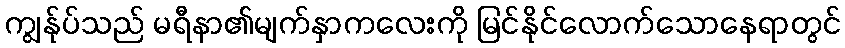
ကျွန်ုပ်သည် မရီနာ၏မျက်နှာကလေးကို မြင်နိုင်လောက်သောနေရာတွင်